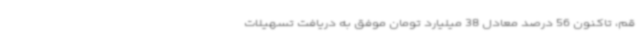
قم، تاکنون 56 درصد معادل 38 میلیارد تومان موفق به دریافت تسهیلات